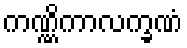
ကဏ္ဏိကာလက္ခဏံ